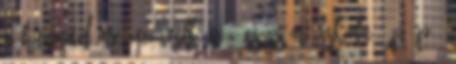
a Hunyad megyei Vulkáni 4-es Számú Iskola. P. P.: